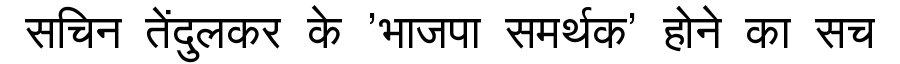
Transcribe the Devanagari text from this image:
सचिन तेंदुलकर के 'भाजपा समर्थक' होने का सच